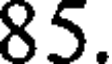
85.